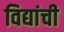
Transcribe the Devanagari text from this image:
विद्यांची